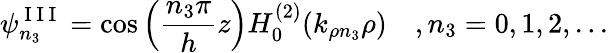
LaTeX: \psi_{n_{3}}^{\mathrm{~I~I~I~}}=\cos\Big(\frac{n_{3}\pi}{h}z\Big)H_{0}^{(2)}(k_{\rho n_{3}}\rho)\quad,n_{3}=0,1,2,...